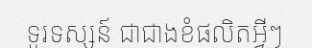
ទូរទស្សន៍ ជាជាងខំផលិតអ្វីៗ